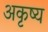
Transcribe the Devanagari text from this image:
अकृष्य